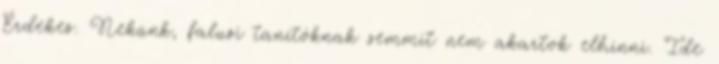
Érdekes. Nekünk, falusi tanítóknak semmit nem akartok elhinni. Ide